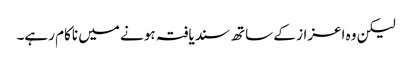
لیکن وہ اعزاز کے ساتھ سندیافتہ ہونے میں ناکام رہے۔